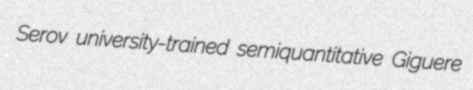
Serov university-trained semiquantitative Giguere